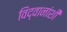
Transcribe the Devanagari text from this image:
विद्वानांशी